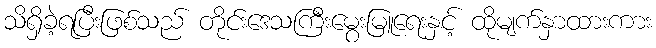
သိရှိခဲ့ရပြီးဖြစ်သည် တိုင်းဒေသကြီးမွေးမြူရေးနှင့် ထိုမျက်နှာထားကား